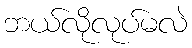
ဘယ်လိုလုပ်မလဲ